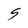
Character: S